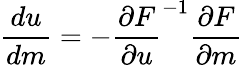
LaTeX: \frac{du}{dm}=-\frac{\partial F}{\partial u}^{-1}\frac{\partial F}{\partial m}